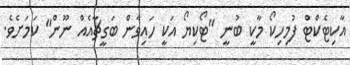
އާކިޓެކްޓް ފުމިހިކޯ މާކީ ބުނީ "ޓޯކިޔޯ އަކީ ހައިވާން ބަގީޗާއެއް ނޫން" ކަމަށެވެ.